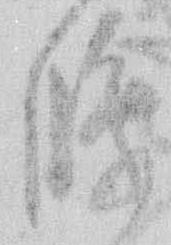
條